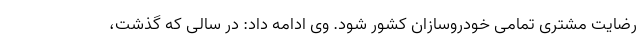
رضایت مشتری تمامی خودروسازان کشور شود. وی ادامه داد: در سالی که گذشت،